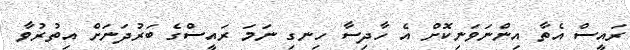
ރައީސް އެތާ އިންނަވަނިކޮށް އެ ހާދިސާ ހިނގި ނަމަ ރައީސްގެ ބަރުދަނަށް އިތުރުވާ